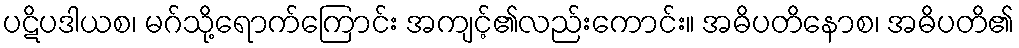
ပဋိပဒါယစ၊ မဂ်သို့ရောက်ကြောင်း အကျင့်၏လည်းကောင်း။ အဓိပတိနောစ၊ အဓိပတိ၏